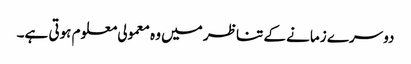
دوسرے زمانے کے تناظر میں وہ معمولی معلوم ہوتی ہے۔